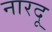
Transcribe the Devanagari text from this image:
नारदू